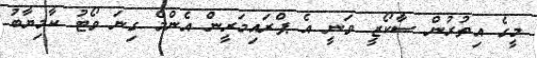
މީގެ އިތުރުން ސާކޯޒީ ވަނީ އެ ޕްރައިމަރީން އެންމެ ގިނަ ވޯޓު ކާމިޔާބު